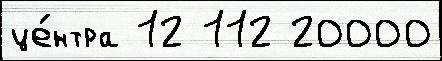
це́нтра 12 112 20000